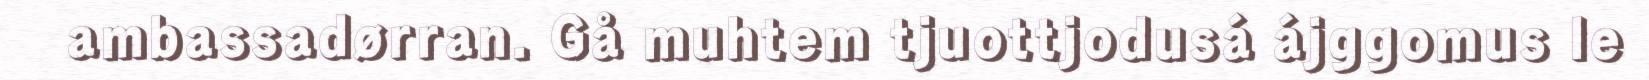
ambassadørran. Gå muhtem tjuottjodusá ájggomus le